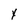
Character: Y